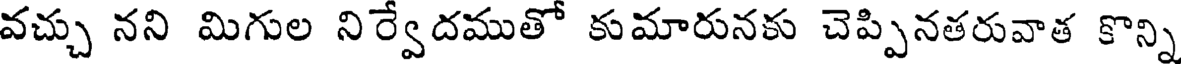
వచ్చు నని మిగుల నిర్వేదముతో కుమారునకు చెప్పినతరువాత కొన్ని